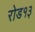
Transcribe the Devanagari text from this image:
रोड१३